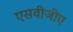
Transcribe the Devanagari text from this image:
एसवीजीए